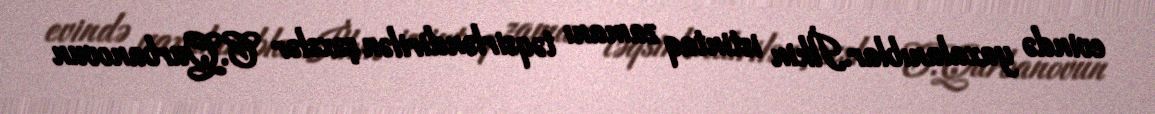
evində yaxalanıblar.İlkin istintaq zamanı təqsirləndirilən şəxslər C.Qurbanovun